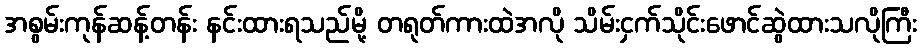
အစွမ်းကုန်ဆန့်တန်း နင်းထားရသည်မို့ တရုတ်ကားထဲအလို သိမ်းငှက်သိုင်းဖောင်ဆွဲထားသလိုကြီး